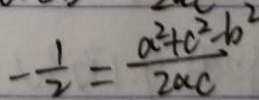
- \frac { 1 } { 2 } = \frac { a ^ { 2 } + c ^ { 2 } - b ^ { 2 } } { 2 a c }